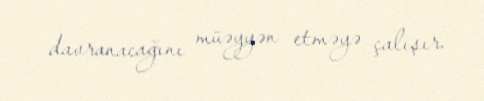
davranacağını müəyyən etməyə çalışır.